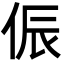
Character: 侲